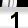
Digit: 1